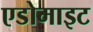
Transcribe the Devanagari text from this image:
एडोमाइट